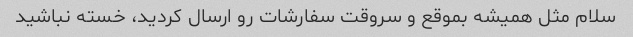
سلام مثل همیشه بموقع و سروقت سفارشات رو ارسال کردید، خسته نباشید